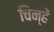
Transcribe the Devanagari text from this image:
चिन्हें